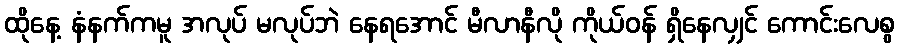
ထိုနေ့ နံနက်ကမူ အလုပ် မလုပ်ဘဲ နေရအောင် မီလာနီလို ကိုယ်ဝန် ရှိနေလျှင် ကောင်းလေစွ